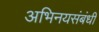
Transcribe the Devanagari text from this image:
अभिनयसंबंधी